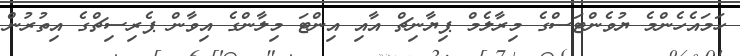
ހަމައެހެންމެ ޔުވެންޓަސްގެ މިރާލެމް ޕިޔާނިޗް އާއި އިންޓަ މިލާންގެ އިވާން ޕެރިސިޗްގެ އިތުރުން